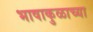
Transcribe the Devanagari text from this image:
भाषाकुळाच्या